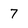
Character: 7